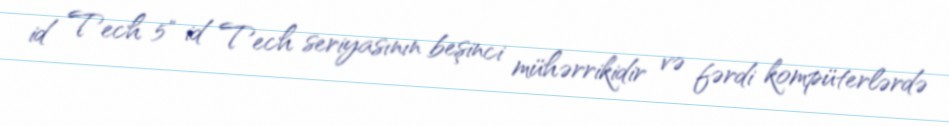
id Tech 5" id Tech seriyasının beşinci mühərrikidir və fərdi kompüterlərdə